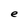
Character: e